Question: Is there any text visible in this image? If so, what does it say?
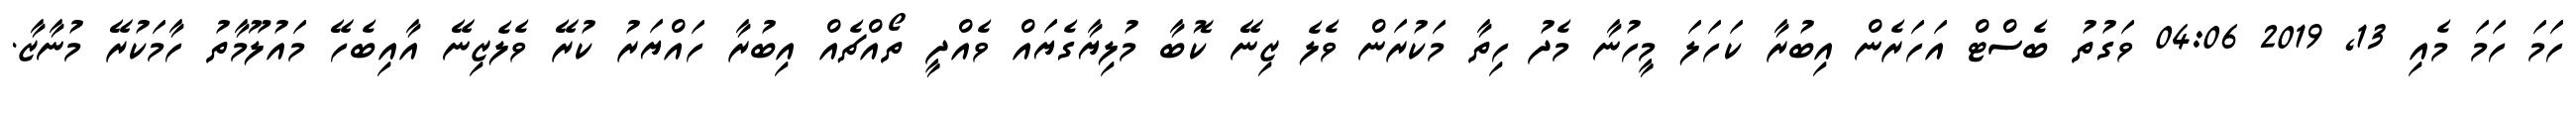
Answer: ހަމަ ހަމަ މެއި 13, 2019 04:06 ވަގުތު ބެސްޓް އަހަރެން އިބުރާ ކަހަލަ މީހުނާ މެދު ހިތާ މަކުރަން ވެލެ ޒިނޭ ކޮބާ މުލިޔާގެޔައް ވެއްދީ ތޯއްޗެއް އިބުރާ ހައްޔަރު ކުރޭ ވެލެޒިނޭ އާއިބެހޭ މައުލޫމާތު ހާމަކުރޭ މުނާޒާ.